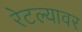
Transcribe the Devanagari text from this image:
रेटल्यावर